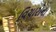
વિચારોના